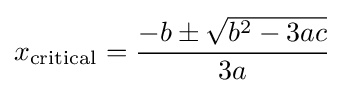
x_{\text{critical}}={\frac {-b\pm {\sqrt {b^{2}-3ac}}}{3a}}